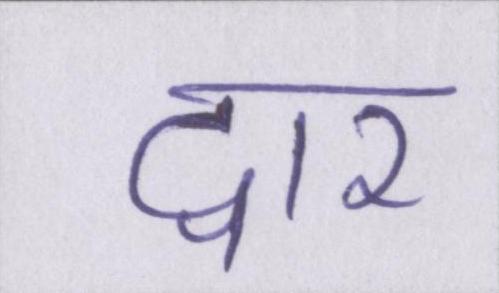
द्वार